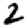
Digit: 2